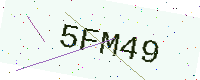
Text: 5FM49